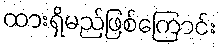
ထားရှိမည်ဖြစ်ကြောင်း